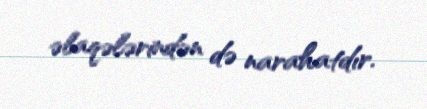
əlaqələrindən də narahatdır.